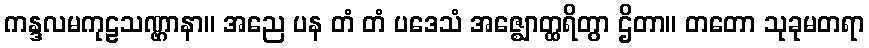
ကန္ဒလမကုဠသဏ္ဌာနာ။ အညေ ပန တံ တံ ပဒေသံ အဇ္ဈောတ္ထရိတွာ ဌိတာ။ တတော သုခုမတရာ